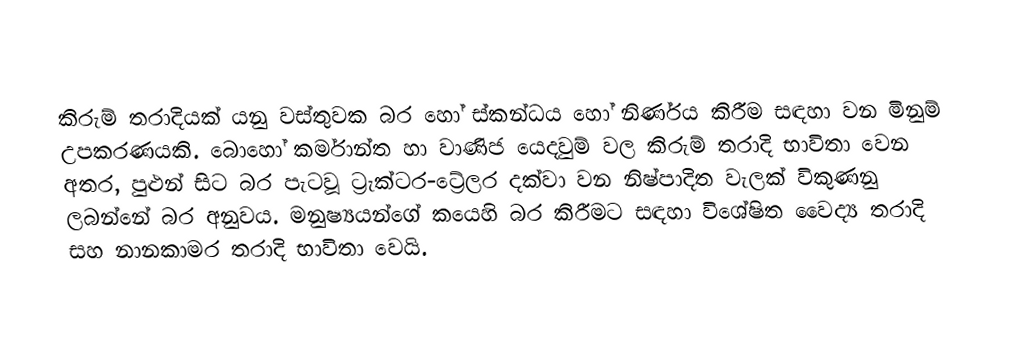
කිරුම් තරාදියක්  යනු වස්තුවක බර හෝ  ස්කන්ධය හෝ නිර්ණය කිරීම සඳහා වන මිනුම් උපකරණයකි. බොහෝ කර්මාන්ත හා වාණිජ යෙදවුම් වල කිරුම් තරාදි භාවිතා වෙන අතර, පුළුන් සිට බර පැටවූ ට්‍රැක්ටර-ට්‍රේලර දක්වා වන නිෂ්පාදිත වැලක් විකුණනු ලබන්නේ බර අනුවය. මනුෂ්‍යයන්ගේ කයෙහි බර කිරීමට සඳහා විශේෂිත වෛද්‍ය තරාදි සහ නානකාමර තරාදි භාවිතා වෙයි.